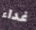
غداء